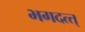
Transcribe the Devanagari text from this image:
भगदत्त्